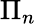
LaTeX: \Pi_{n}